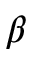
\beta